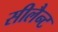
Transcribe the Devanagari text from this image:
सीलैन्ट